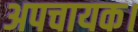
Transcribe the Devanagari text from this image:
अपचायक।